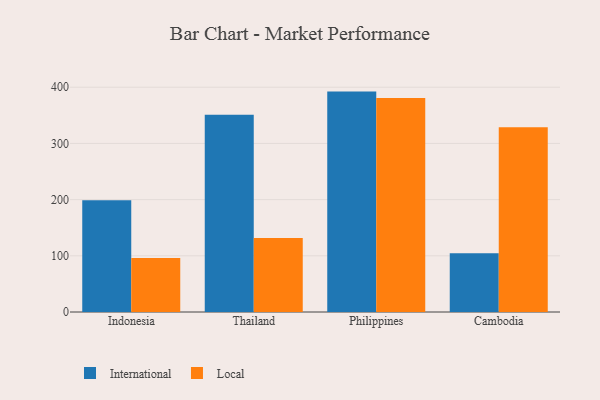
{"axis": {"x": "Country", "y": "Customer Acquisition Cost (USD)"}, "legend": ["International", "Local"], "data": [{"x": "Indonesia", "y": 199.0, "type": "International"}, {"x": "Indonesia", "y": 96.2, "type": "Local"}, {"x": "Thailand", "y": 351.1, "type": "International"}, {"x": "Thailand", "y": 131.5, "type": "Local"}, {"x": "Philippines", "y": 392.2, "type": "International"}, {"x": "Philippines", "y": 381.0, "type": "Local"}, {"x": "Cambodia", "y": 104.4, "type": "International"}, {"x": "Cambodia", "y": 328.6, "type": "Local"}]}